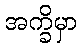
အက္ခိမှာ